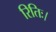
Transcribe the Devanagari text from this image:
रितिः।